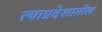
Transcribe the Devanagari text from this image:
त्याप्रदेशातील